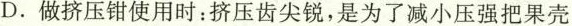
D.做挤压钳使用时：挤压齿尖锐，是为了减小压强把果壳